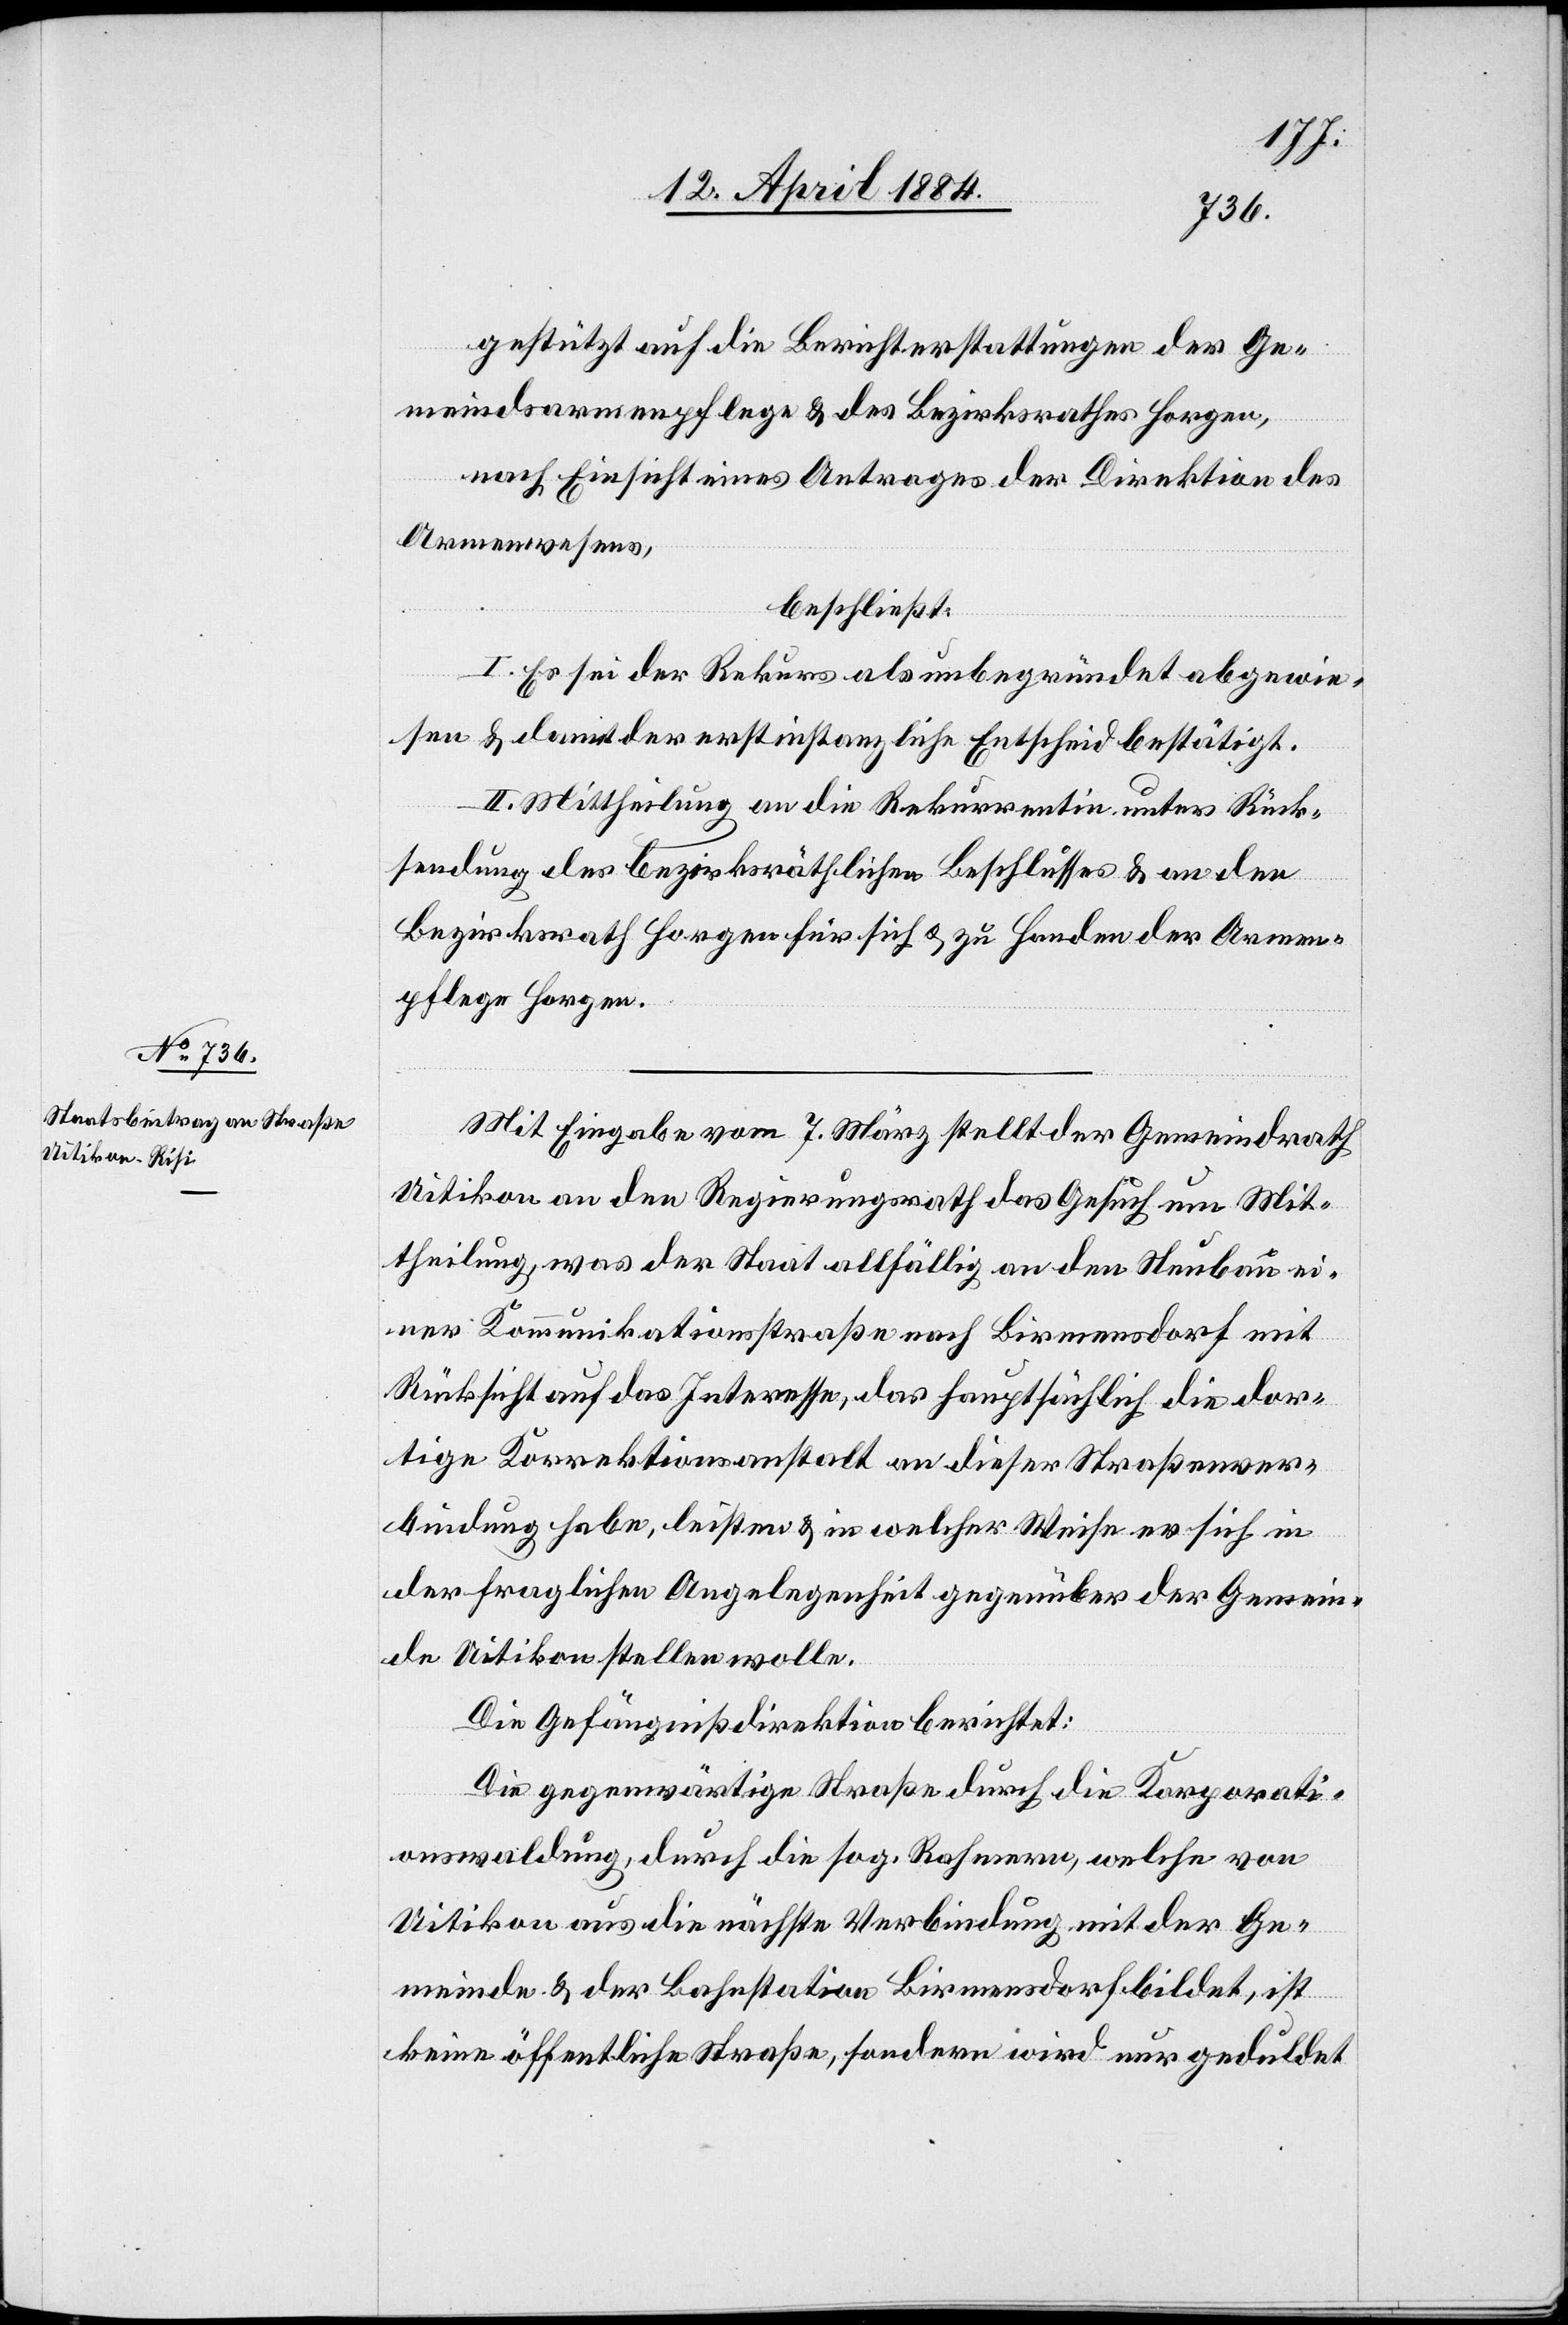
gestützt auf die Berichterstattungen der Ge¬
meindsarmenpflege & des Bezirksrathes Horgen,
nach Einsicht eines Antrages der Direktion des
Armenwesens,
beschließt:
I. Es sei der Rekurs als unbegründet abgewie¬
sen & damit der erstinstanzliche Entscheid bestätigt.
II. Mittheilung an die Rekurrentin unter Rück¬
sendung der bezirksräthlichen Beschlüsse & an den
Bezirksrath Horgen für sich & zu Handen der Armen¬
pflege Horgen.
Mit Eingabe vom 7. März stellt der Gemeindrath
Uitikon an den Regierungsrath das Gesuch um Mit¬
theilung, was der Staat allfällig an den Neubau ei¬
ner Kommunikationsstraße nach Birmensdorf mit
Rücksicht auf das Interesse, das hauptsächlich die dor¬
tige Korrektionsanstalt an dieser Straßenver¬
bindung habe, leisten & in welcher Weise er sich in
der fraglichen Angelegenheit gegenüber der Gemein¬
de Uitikon stellen wolle.
Die Gefängnißdirektion berichtet:
Die gegenwärtige Straße durch die Korporati¬
onswaldung, durch die sog. Rahmern, welche von
Uitikon aus die nächste Verbindung mit der Ge¬
meinde & der Bahnstation Birmensdorf bildet, ist
keine öffentliche Straße, sondern wird nur geduldet